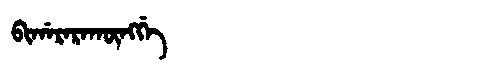
Manchu: ᠪᡳᡤᠠᡵᠠᡵᠠᡴᡡᠩᡤᡝ
Romanization: BIGARARAKŪNGGE